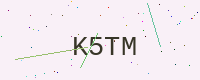
Text: K5TM